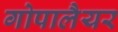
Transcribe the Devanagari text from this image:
गोपालैयर